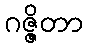
ဂဇ္ဇိတာ